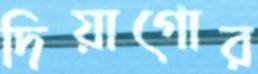
দিয়াগোর